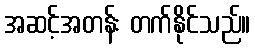
အဆင့်အတန်း တက်နိုင်သည်။